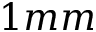
1 m m